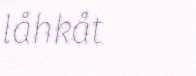
låhkåt